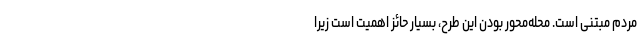
مردم مبتنی است. محله‌محور بودن این طرح، بسیار حائز اهمیت است زیرا